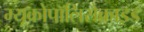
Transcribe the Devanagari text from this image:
म्यूकोपॉलिसैक्राइड